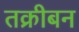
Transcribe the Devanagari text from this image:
तक्रीबन